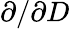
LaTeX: \partial/\partial D